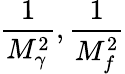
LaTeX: \frac{1}{M_{\gamma}^{2}},\frac{1}{M_{f}^{2}}